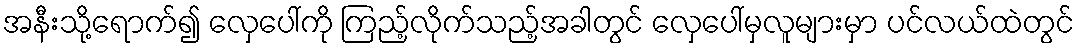
အနီးသို့ရောက်၍ လှေပေါ်ကို ကြည့်လိုက်သည့်အခါတွင် လှေပေါ်မှလူများမှာ ပင်လယ်ထဲတွင်